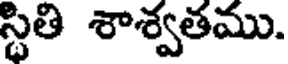
స్థితి శాశ్వతము.